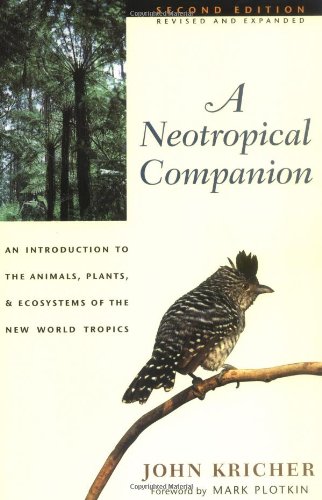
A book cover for A Neotropical Companion; John Kricher; Science & Math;